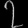
Digit: ၇